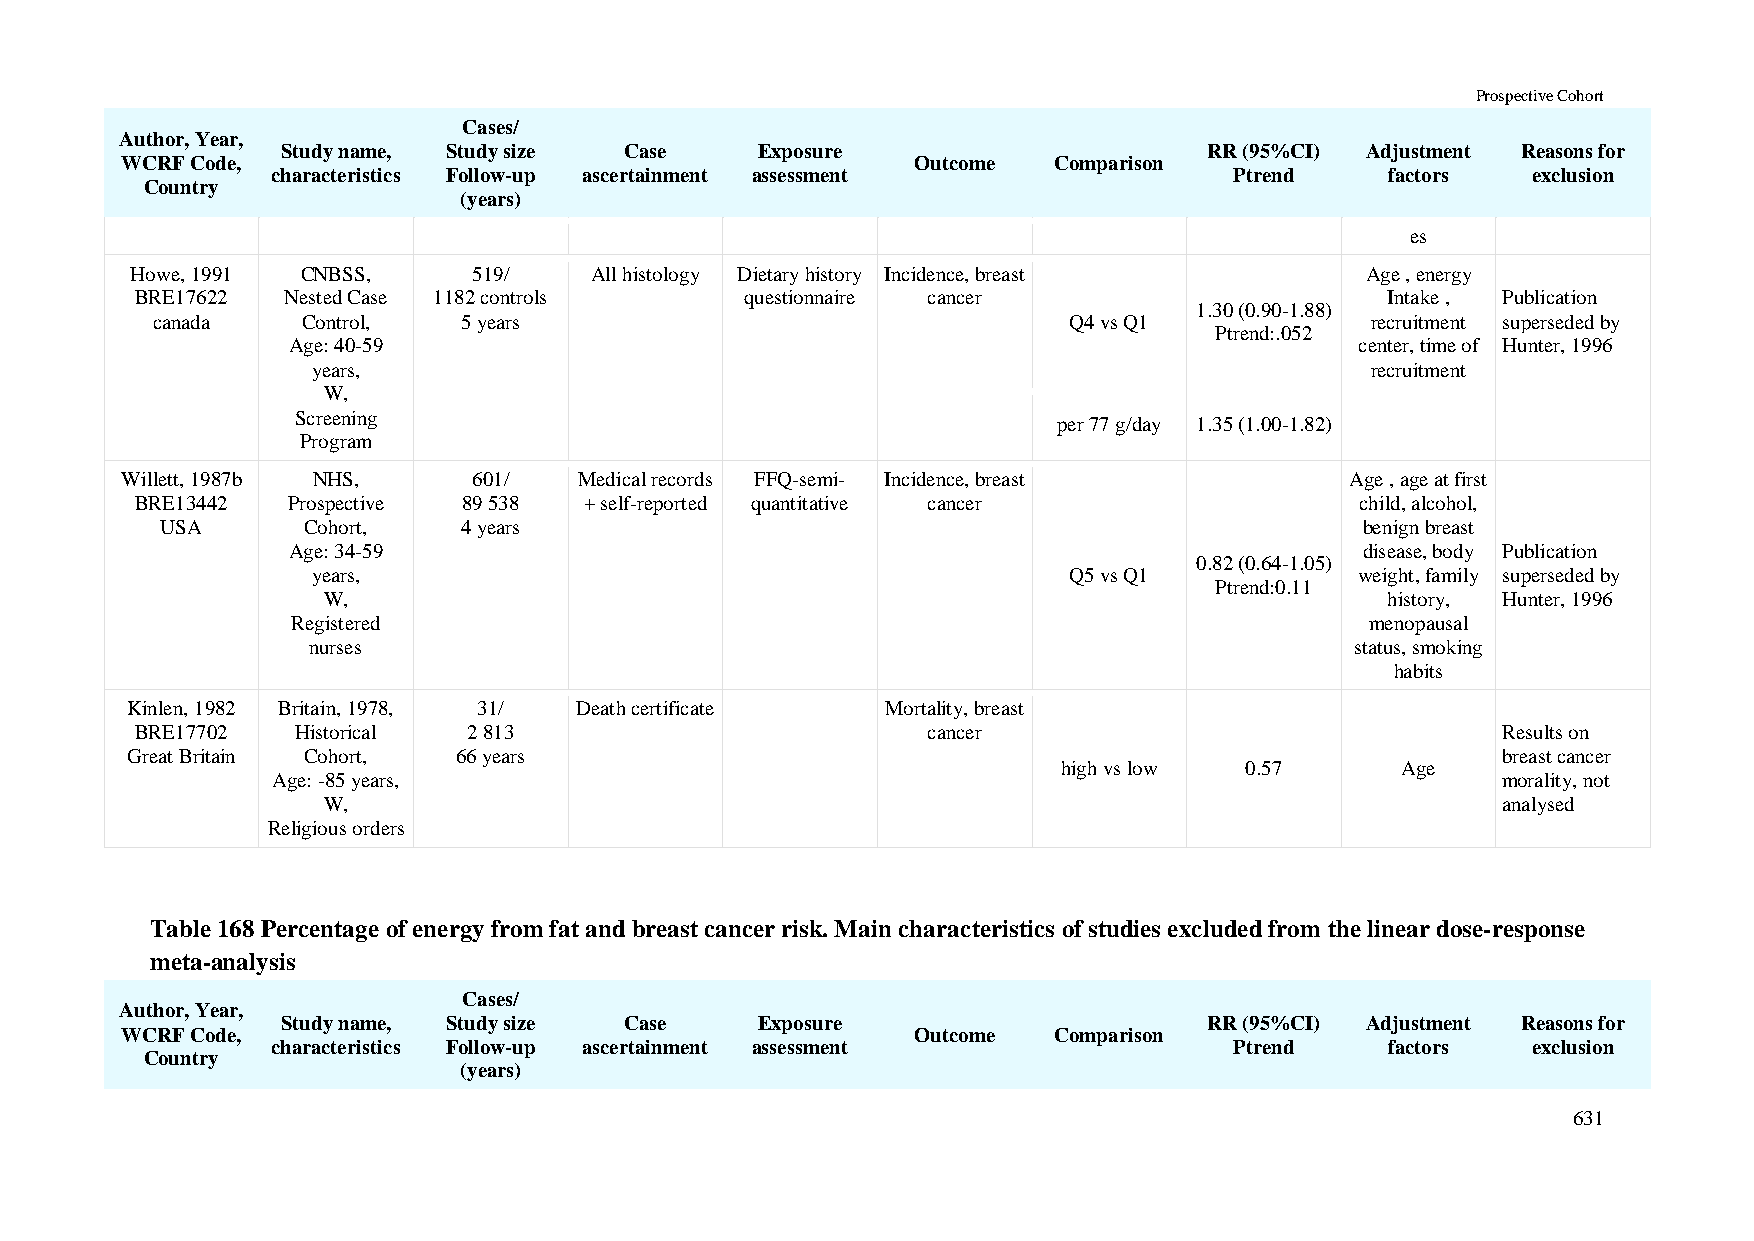
Prospective Cohort
 Cases/
 Author, Year,
 Study name, Study size Case    Exposure                      RR (95%CI) Adjustment Reasons for
 WCRF Code,                                           Outcome  Comparison
 characteristics Follow-up ascertainment assessment              Ptrend    factors  exclusion
 Country
 (years)
 es
 Howe, 1991 CNBSS,     519/    All histology Dietary history Incidence, breast    Age , energy
 BRE17622  Nested Case 1182 controls     questionnaire cancer                       Intake , Publication
 1.30 (0.90-1.88)
 canada    Control,   5 years                                 Q4 vs Q1            recruitment superseded by
 Ptrend:.052
 Age: 40-59                                                             center, time of Hunter, 1996
 years,                                                                recruitment
 W,
 Screening
 per 77 g/day 1.35 (1.00-1.82)
 Program
 Willett, 1987b NHS,    601/   Medical records FFQ-semi- Incidence, breast        Age , age at first
 BRE13442  Prospective 89 538  + self-reported quantitative cancer                child, alcohol,
 USA      Cohort,    4 years                                                    benign breast
 Age: 34-59                                                             disease, body Publication
 0.82 (0.64-1.05)
 years,                                            Q5 vs Q1           weight, family superseded by
 Ptrend:0.11
 W,                                                                     history, Hunter, 1996
 Registered                                                              menopausal
 nurses                                                                status, smoking
 habits
 Kinlen, 1982 Britain, 1978, 31/ Death certificate  Mortality, breast
 BRE17702   Historical 2 813                         cancer                                Results on
 Great Britain Cohort, 66 years                                                             breast cancer
 high vs low 0.57       Age
 Age: -85 years,                                                                  morality, not
 W,                                                                            analysed
 Religious orders
 Table 168 Percentage of energy from fat and breast cancer risk. Main characteristics of studies excluded from the linear dose-response
 meta-analysis
 Cases/
 Author, Year,
 Study name, Study size Case    Exposure                      RR (95%CI) Adjustment Reasons for
 WCRF Code,                                           Outcome  Comparison
 characteristics Follow-up ascertainment assessment              Ptrend    factors  exclusion
 Country
 (years)
 631